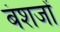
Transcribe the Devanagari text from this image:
बंशजों